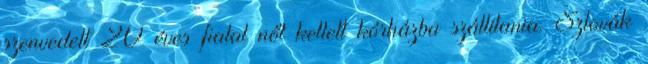
szenvedett 20 éves fiatal nőt kellett kórházba szállítania. Szlovák